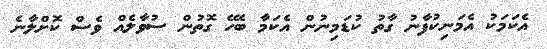
އެކަމަކު އެމަނިކުފާނު ގާތު ކުޑަމިނުން އެކަމާ ބެހޭ ގޮތުން ސުވާލެއް ވެސް ކޮށްލާނެ